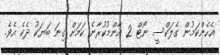
އެހެންކަމުން ގެލަކްސީ ނޯޓް 2 އާންމުކުރާނެ ކަމަށް ގިނަ ބަޔަކު ދެކެ އެވެ.